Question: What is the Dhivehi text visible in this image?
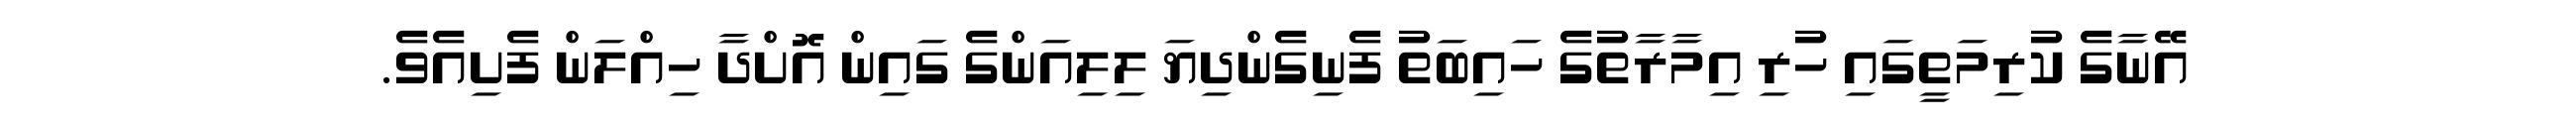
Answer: އޭނާގެ ކުރިމަތީގައި ހުރި އިމާރާތުގެ ހައިބަތު ފެނިގެންދިޔަ ލިލިއަންގެ ގައިން އޮށްދާ ހިއްލަން ފެށިއެވެ.